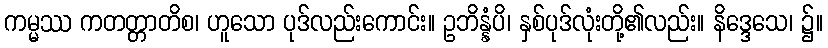
ကမ္မဿ ကတတ္တာတိစ၊ ဟူသော ပုဒ်လည်းကောင်း။ ဥဘိန္နံပိ၊ နှစ်ပုဒ်လုံးတို့၏လည်း။ နိဒ္ဒေသေ၊ ၌။